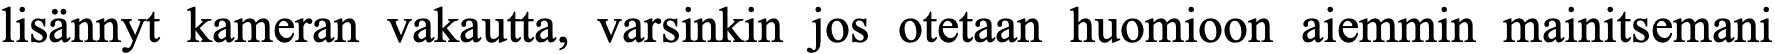
lisännyt kameran vakautta, varsinkin jos otetaan huomioon aiemmin mainitsemani